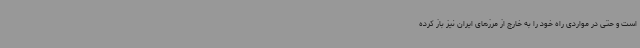
است و حتی در مواردی راه خود را به خارج از مرزهای ایران نیز باز کرده